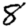
Digit: 8